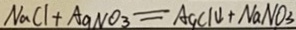
N a C l + A a N O _ { 3 } = A g C l \downarrow + N a N O _ { 3 }